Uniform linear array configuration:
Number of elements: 8
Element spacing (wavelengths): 0.5
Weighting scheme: blackman
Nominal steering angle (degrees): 60
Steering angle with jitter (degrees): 61.725
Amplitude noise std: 0.05
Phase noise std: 0.05

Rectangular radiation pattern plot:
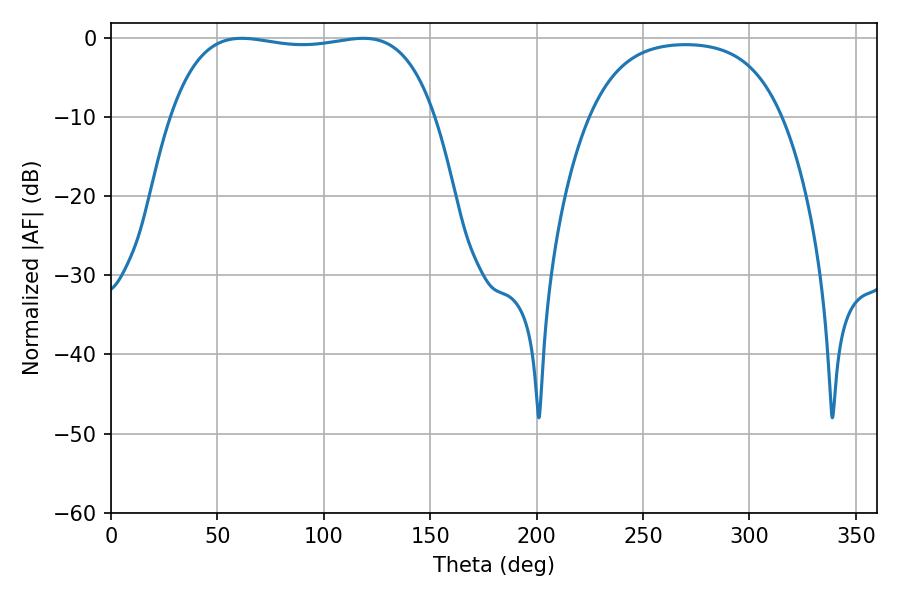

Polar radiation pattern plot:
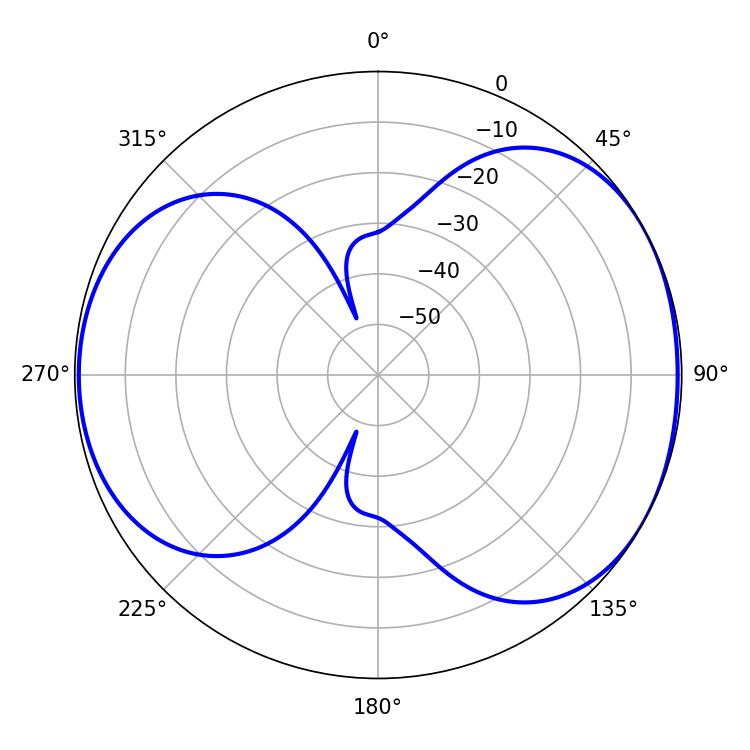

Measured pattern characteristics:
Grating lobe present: FALSE
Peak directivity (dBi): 5.266
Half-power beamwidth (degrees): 99.36
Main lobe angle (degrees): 61.38